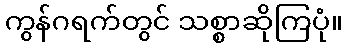
ကွန်ဂရက်တွင် သစ္စာဆိုကြပုံ။